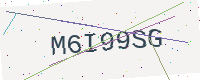
Text: M6I99SG